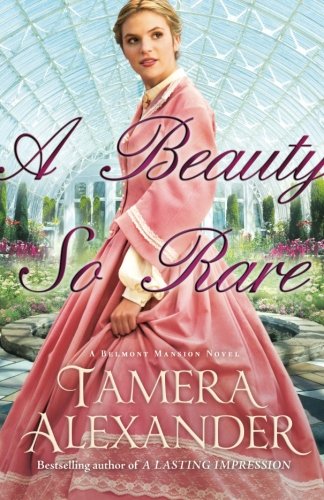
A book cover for A Beauty So Rare (A Belmont Mansion Novel); Tamera Alexander; Romance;